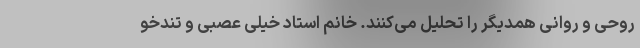
روحی و روانی همدیگر را تحلیل می‌کنند. خانم استاد خیلی عصبی و تندخو